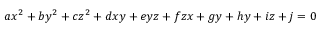
a x ^ { 2 } + b y ^ { 2 } + c z ^ { 2 } + d x y + e y z + f z x + g y + h y + i z + j = 0